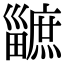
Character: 𤳯